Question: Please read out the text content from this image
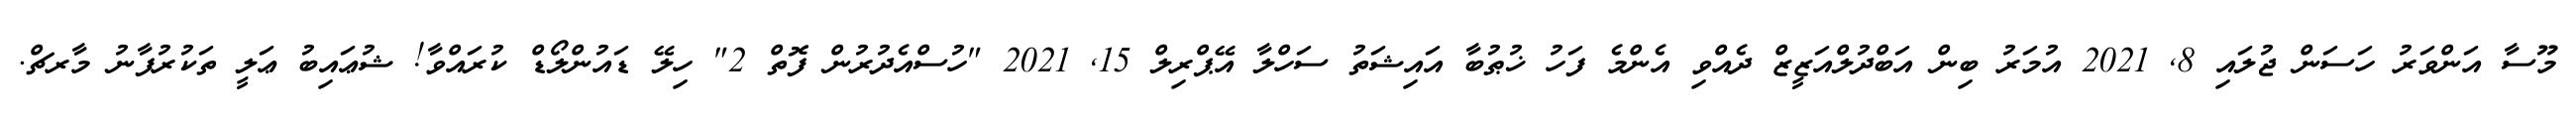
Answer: މޫސާ އަންވަރު ހަސަން ޖުލައި 8, 2021 އުމަރު ބިން އަބްދުލްއަޒީޒް ދެއްވި އެންމެ ފަހު ޚުޠުބާ އައިޝަތު ސަހްލާ އޭޕްރިލް 15, 2021 "ހުސްއެދުރުން ފޮތް 2" ހިލޭ ޑައުންލޯޑް ކުރައްވާ! ޝުޢައިބު ޢަލީ ތަކުރުފާނު މާރޗް.